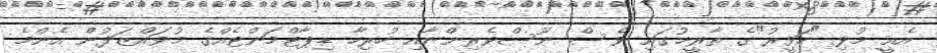
އެއީ މުޅި "ހަވީރު"ގެ ތާރީޚުގައި ވެސް ނޫސްވެރިންނާއި ހުރިހާ ޑިޕާޓްމަންޓެއްގެ މުވައްޒަފުން އެންމެ